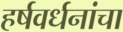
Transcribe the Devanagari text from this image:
हर्षवर्धनांचा